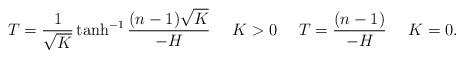
LaTeX: \begin{align*}T=\frac{1}{\sqrt K}\tanh^{-1}\frac{(n-1)\sqrt K}{-H} \ \ \ \ K>0 \ \ \ \ T=\frac{(n-1)}{-H} \ \ \ \ K=0.\end{align*}